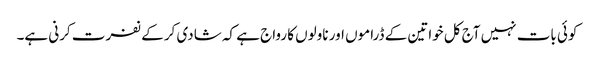
کوئی بات نہیں آج کل خواتین کے ڈراموں اور ناولوں کا رواج ہے کہ شادی کر کے نفرت کرنی ہے۔